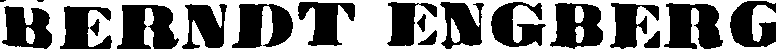
BERNDT ENGBERG